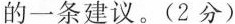
的一条建议。(2分)